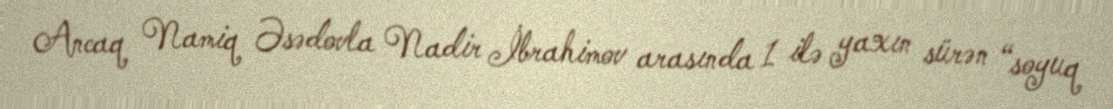
Ancaq Namiq Əsədovla Nadir İbrahimov arasında 1 ilə yaxın sürən “soyuq